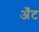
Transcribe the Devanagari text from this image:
अँट